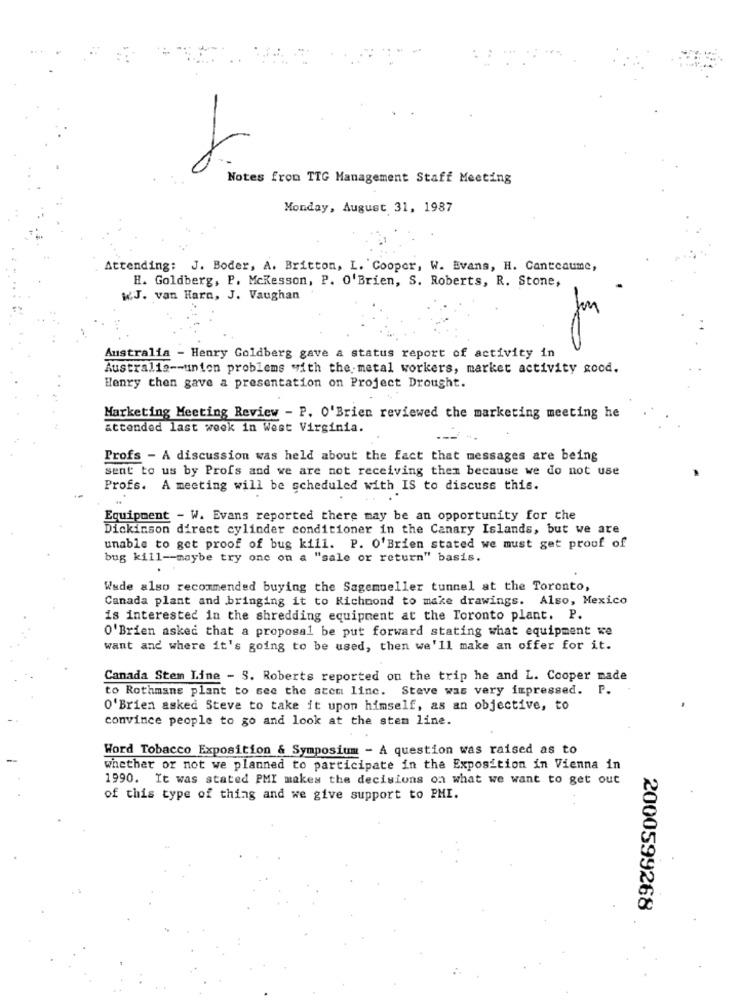
-
Notes from TTG Management Staff Meeting
Monday, August 31, 1987
Attending: J. Boder, A. Britton, L. Cooper, W. Evans, H. Cantcaume,
H. Goldberg, P. Mckesson, P. O'Brien, S. Roberts, R. Stone,
WJ. van Harn, J. Vaughan
0
Australia - Henry Goldberg gave a status report of activity in
Australia -- union problems with the metal workers, market activity good.
Henry then gave a presentation on Project Drought.
Marketing Meeting Review - P. O'Brien reviewed the marketing meeting he
attended last week in West Virginia.
Profs - A discussion was held about the fact that messages are being
sent to us by Profs and we are not receiving them because we do not use
Profs. A meeting will be scheduled with IS to discuss this.
Equipment - W. Evans reported there may be an opportunity for the
Dickinson direct cylinder conditioner in the Canary Islands, but we are
unable to get proof of bug kill. P. O'Brien stated we must get proof of
bug kill -- maybe try one on a "sale or return" basis.
Wude also recommended buying the Sagemueller tunnel at the Toronto,
Canada plant and bringing it to Richmond to make drawings. Also, Mexico
is interested in the shredding equipment at the Toronto plant. P.
O'Brien asked that a proposal be put forward stating what equipment we
want and where it's going to be used, then we'll make an offer for it.
Canada Stem Line - S. Roberts reported on the trip he and L. Cooper made
to Rothmans plant to see the atem line. Steve was very impressed. P.
O'Brien asked Steve to take it upon himself, as an objective, to
convince people to go and look at the stem line.
Word Tobacco Exposition & Symposium - A question was raised as to
whether or not we planned to participate in the Exposition in Vienna in
1990. It was stated PMI makes the decisions on what we want to get out
of this type of thing and we give support to PMI.
2000599268